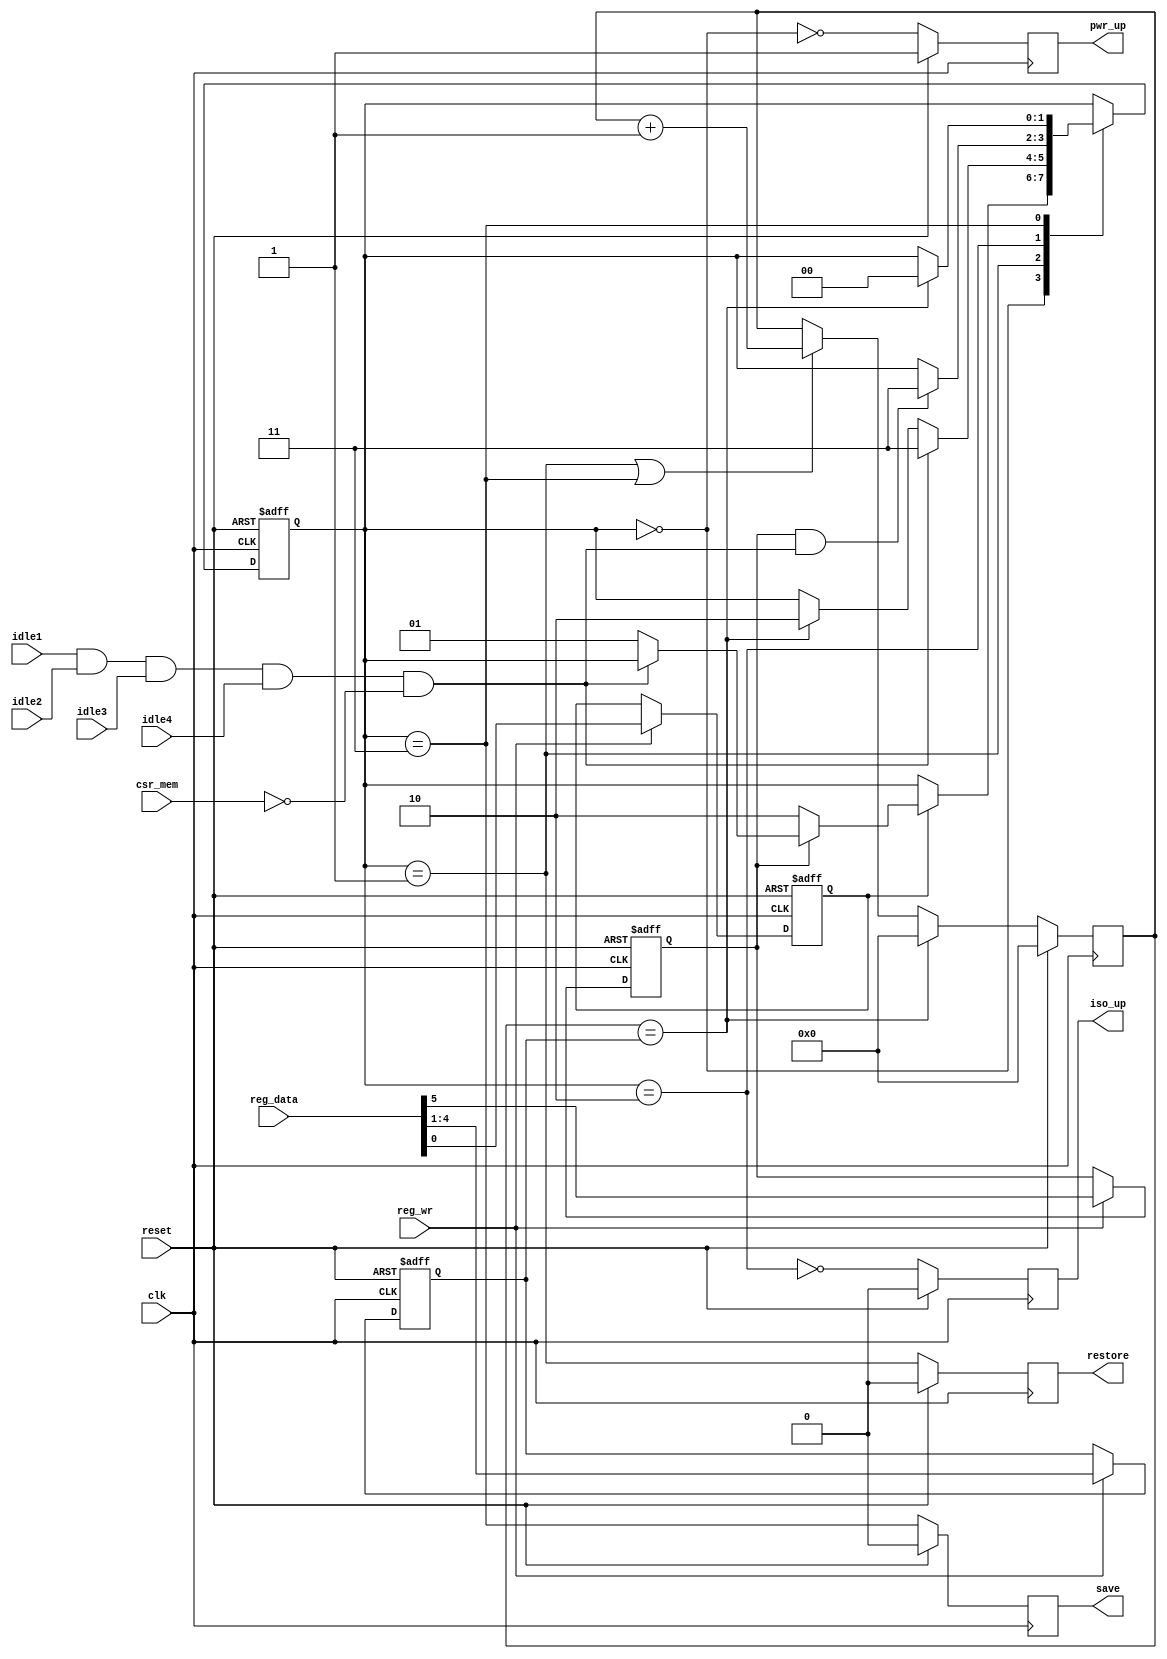
module pwr_ctrl (clk, reset, 
		 idle1, idle2, idle3, idle4, 
		 reg_wr, reg_data, csr_mem,
		 iso_up, pwr_up, save, restore);

   parameter PWR_OFF = 2'd0;
   parameter PWR_EN = 2'd1;
   parameter PWR_UP = 2'd2;
   parameter PWR_IDLE = 2'd3;


   input clk, reset;
   
   //from tx/rx blocks
   input idle1, idle2, idle3, idle4;
   
   //from csr block to access memory controller registers
   input csr_mem;
   
   //regular register access for the power-controller
   input reg_wr;
   input [5:0] reg_data;
   
   //low-power signals
   output reg  iso_up;
   output reg  pwr_up;
   output reg  save;
   output reg  restore;
   
   wire        all_idle = idle1 & idle2 & idle3 & idle4 && ~csr_mem;
   
   reg 	       reg_rdy;
   reg 	       pwr_mode;
   reg [3:0]   pwr_reg;
   reg [3:0]   pwr_cnt;
   
   reg [1:0]   pwr_state;
   
   always @(posedge clk or posedge reset)
     if (reset) {pwr_mode, pwr_reg, reg_rdy} <= 6'b100000;
     else if (reg_wr) {pwr_mode, pwr_reg, reg_rdy} <= reg_data;
   
   always @(posedge clk or posedge reset)
     if (reset) pwr_state <= PWR_UP;
     else case(pwr_state)
	    PWR_OFF: if (reg_rdy) begin
               if (!pwr_mode) pwr_state <= PWR_UP;
               else if (!all_idle ) pwr_state <= PWR_EN;
            end
	    PWR_EN: if (all_idle) pwr_state <= PWR_IDLE;
            else if (pwr_cnt==pwr_reg)
              pwr_state <= PWR_UP;
	    PWR_UP: if (pwr_mode  && all_idle) pwr_state <= PWR_IDLE;
	    PWR_IDLE: if (pwr_cnt==pwr_reg) pwr_state <= PWR_OFF;
	  endcase
   

   always @(posedge clk)
     begin
     if (reset)
       begin
       pwr_up  <= 1'b1;
       iso_up  <= 1'b0;
       save    <= 1'b0;
       restore <= 1'b0;
       end
     else
       begin
       pwr_up <= !(pwr_state==PWR_OFF);
       iso_up <= !(pwr_state==PWR_UP);
       save   <= (pwr_state == PWR_IDLE);
       restore<= (pwr_state == PWR_EN);
       end       
     end
          
   always @(posedge clk)
     if (reset) pwr_cnt <= 4'b0;
     else if (pwr_cnt==pwr_reg)
       pwr_cnt <= 4'b0;
     else if (pwr_state==PWR_EN || pwr_state==PWR_IDLE)
       pwr_cnt <= pwr_cnt + 4'd1;
   
endmodule